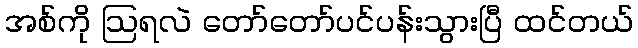
အစ်ကို ဩရလဲ တော်တော်ပင်ပန်းသွားပြီ ထင်တယ်